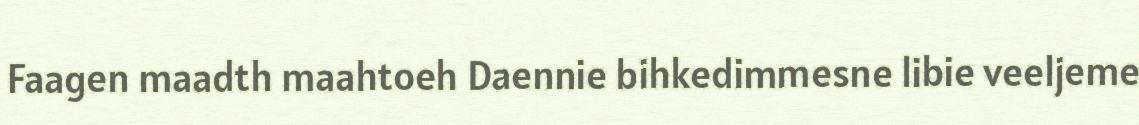
Faagen maadth maahtoeh Daennie bihkedimmesne libie veeljeme